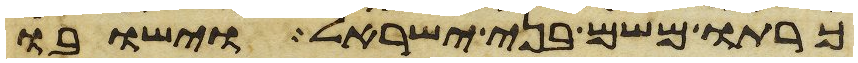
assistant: כרתו משם בני ישראל וישבו